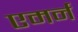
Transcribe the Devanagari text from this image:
एमर्न